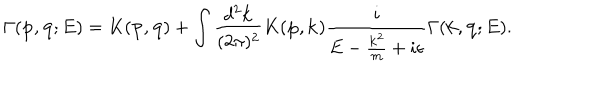
LaTeX: \Gamma ( { \bf p } , { \bf q } ; E ) = K ( { \bf p } , { \bf q } ) + \int \frac { d ^ { 2 } { \bf k } } { ( 2 \pi ) ^ { 2 } } K ( { \bf p } , { \bf k } ) \frac { i } { E - \frac { { \bf k } ^ { 2 } } { m } + i \epsilon } \Gamma ( { \bf k } , { \bf q } ; E ) .